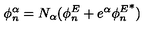
\phi _ { n } ^ { \alpha } = N _ { \alpha } ( \phi _ { n } ^ { E } + e ^ { \alpha } { \phi _ { n } ^ { E } } ^ { * } )